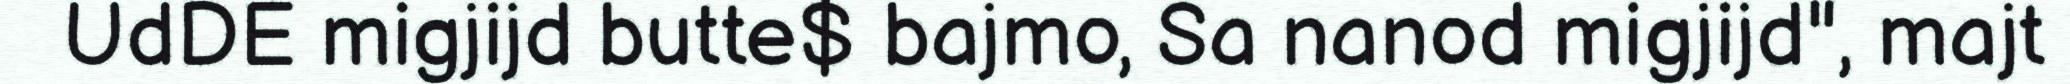
UdDE migjijd butte$ bajmo, Sa nanod migjijd", majt